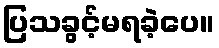
ပြသခွင့်မရခဲ့ပေ။